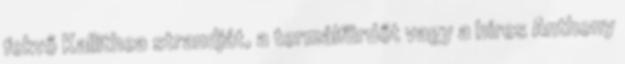
fekvő Kallithea strandját, a termálfürdőt vagy a híres Anthony